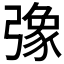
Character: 𢐣